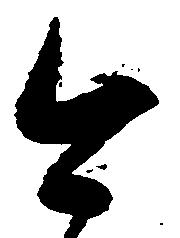
今